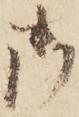
御